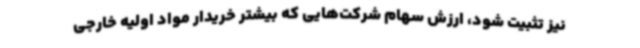
نیز تثبیت شود، ارزش سهام شرکت‌هایی که بیشتر خریدار مواد اولیه خارجی